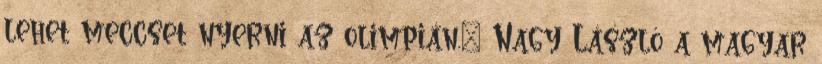
lehet meccset nyerni az olimpián.” Nagy László a magyar